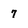
Character: 7